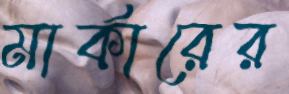
মার্কারের